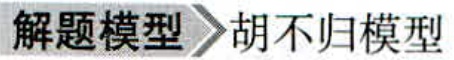
解题模型 胡不归模型